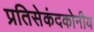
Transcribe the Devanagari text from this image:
प्रतिसेकंदकोनीय